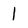
Character: l